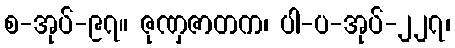
စ-အုပ်-၉၇။ ဇုဏှဇာတက၊ ပါ-ပ-အုပ်-၂၂၇၊